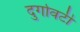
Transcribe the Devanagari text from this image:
दुर्गावटी